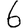
Digit: 6